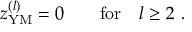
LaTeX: z _ { \mathrm { Y M } } ^ { ( l ) } = 0 \qquad \mathrm { f o r } \quad l \geq 2 \ .